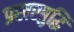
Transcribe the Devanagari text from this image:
प्रखरबुद्धि